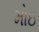
મોઇ